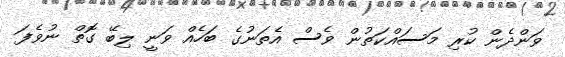
ވަންދެން ކުރި މަސައްކަތުން ވެސް އެތަނުގެ ބަހެއް ވަނީ ލިބޭ ގޮތް ނުވެފަ